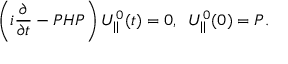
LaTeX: \left( i \frac { \partial } { \partial t } - P H P \right) U _ { | | } ^ { 0 } ( t ) = 0 , \verb + + U _ { | | } ^ { 0 } ( 0 ) = P .